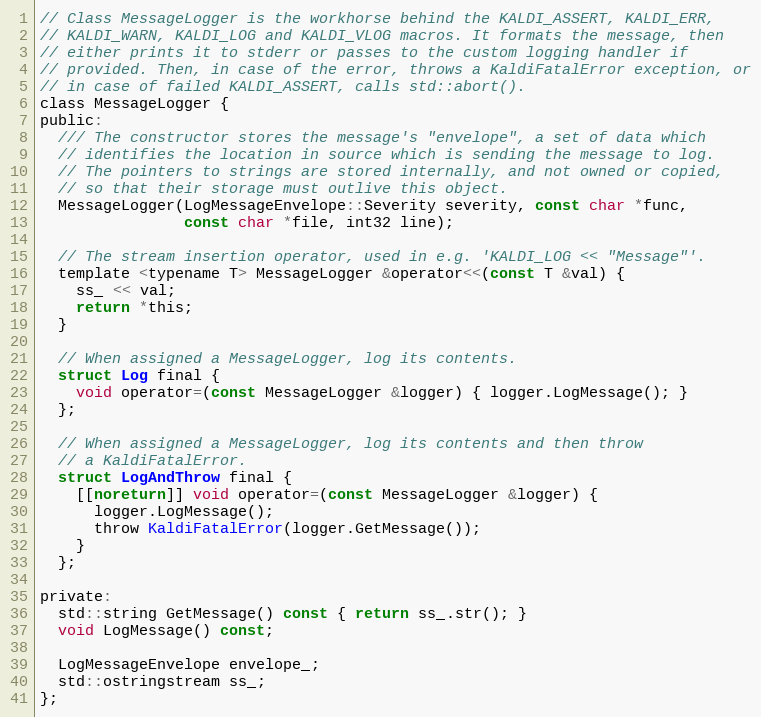
Language: C
// Class MessageLogger is the workhorse behind the KALDI_ASSERT, KALDI_ERR,
// KALDI_WARN, KALDI_LOG and KALDI_VLOG macros. It formats the message, then
// either prints it to stderr or passes to the custom logging handler if
// provided. Then, in case of the error, throws a KaldiFatalError exception, or
// in case of failed KALDI_ASSERT, calls std::abort().
class MessageLogger {
public:
  /// The constructor stores the message's "envelope", a set of data which
  // identifies the location in source which is sending the message to log.
  // The pointers to strings are stored internally, and not owned or copied,
  // so that their storage must outlive this object.
  MessageLogger(LogMessageEnvelope::Severity severity, const char *func,
                const char *file, int32 line);

  // The stream insertion operator, used in e.g. 'KALDI_LOG << "Message"'.
  template <typename T> MessageLogger &operator<<(const T &val) {
    ss_ << val;
    return *this;
  }

  // When assigned a MessageLogger, log its contents.
  struct Log final {
    void operator=(const MessageLogger &logger) { logger.LogMessage(); }
  };

  // When assigned a MessageLogger, log its contents and then throw
  // a KaldiFatalError.
  struct LogAndThrow final {
    [[noreturn]] void operator=(const MessageLogger &logger) {
      logger.LogMessage();
      throw KaldiFatalError(logger.GetMessage());
    }
  };

private:
  std::string GetMessage() const { return ss_.str(); }
  void LogMessage() const;

  LogMessageEnvelope envelope_;
  std::ostringstream ss_;
};